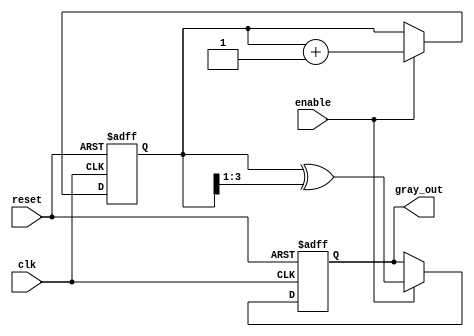
module gray_code_counter #(
    parameter N = 4 // Number of bits for the counter
)(
    input wire clk,             // Clock input
    input wire reset,           // Asynchronous reset
    input wire enable,          // Enable signal
    output reg [N-1:0] gray_out // Output Gray code value
);

    // Internal register for the binary counter
    reg [N-1:0] binary_counter;

    // Convert Binary to Gray code
    function [N-1:0] binary_to_gray;
        input [N-1:0] binary;
        begin
            binary_to_gray = binary ^ (binary >> 1);
        end
    endfunction

    // Always block to handle counting
    always @(posedge clk or posedge reset) begin
        if (reset) begin
            binary_counter <= 0; // Reset binary counter
            gray_out <= binary_to_gray(0); // Reset Gray code output
        end else if (enable) begin
            binary_counter <= binary_counter + 1; // Increment binary counter
            gray_out <= binary_to_gray(binary_counter); // Update Gray code output
        end
    end

endmodule